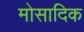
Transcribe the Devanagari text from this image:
मोसादिक